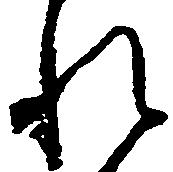
れ